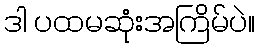
ဒါ ပထမဆုံးအကြိမ်ပဲ။